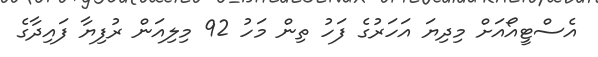
އެސްޓީއޯއަށް މިދިޔަ އަހަރުގެ ފަހު ތިން މަހު 92 މިލިއަން ރުފިޔާ ފައިދާގެ